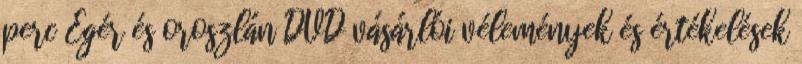
perc Egér és oroszlán DVD vásárlói vélemények és értékelések